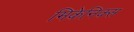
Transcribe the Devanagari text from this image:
मिकेनिक्स